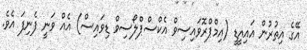
އޭގެ އިތުރުން އައިއީޑީ (އިމްޕްރޮވައިސިވް އެކްސްޕްލޯސިވް ޑިވައިސް) އެއް ވަނީ ފެނިފަ އެވެ.